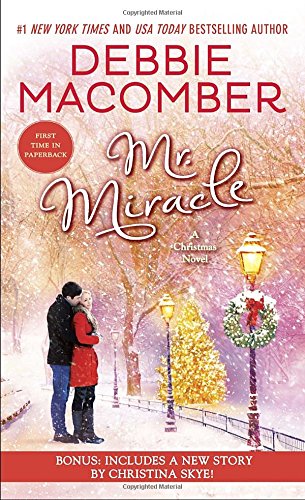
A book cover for Mr. Miracle: A Christmas Novel; Debbie Macomber; Romance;